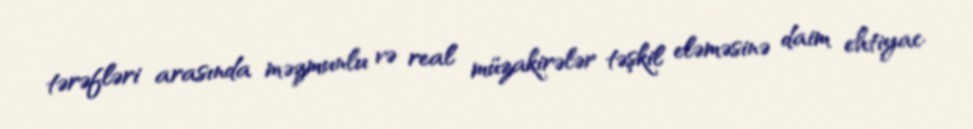
tərəfləri arasında məzmunlu və real müzakirələr təşkil eləməsinə daim ehtiyac